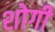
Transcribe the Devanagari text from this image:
शोगी